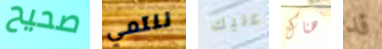
صحيح ننتمي عليك هناك قد